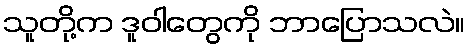
သူတို့က ဒူဝါတွေကို ဘာပြောသလဲ။